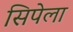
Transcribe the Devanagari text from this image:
सिपेला